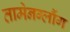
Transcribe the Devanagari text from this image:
तामेनग्लौंग